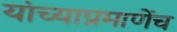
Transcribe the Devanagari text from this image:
यांच्याप्रमाणेंच